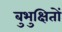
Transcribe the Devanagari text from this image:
बुभुक्षितों